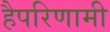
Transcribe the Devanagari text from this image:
हैपरिणामी